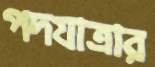
পদযাত্রার